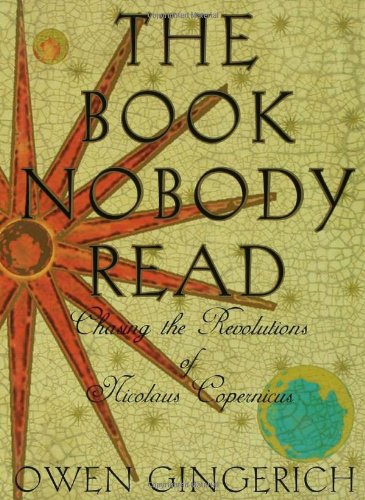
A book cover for The Book Nobody Read: Chasing the Revolutions of Nicolaus Copernicus; Owen Gingerich; Science & Math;